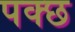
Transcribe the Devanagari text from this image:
पक्छ